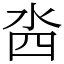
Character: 𣳉